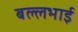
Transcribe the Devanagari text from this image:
बल्लभाई